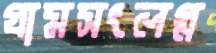
গ্রামসংলগ্ন